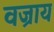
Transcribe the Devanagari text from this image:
वज्राय